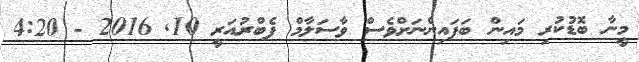
މީނާ ބޮޑުކުރި މައިން ބަފައިންނަށްވެސް ވާސަލާމް ފެބްރުއަރީ 10